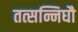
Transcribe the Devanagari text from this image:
तत्सन्निघौ